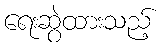
ရေးဆွဲထားသည့်